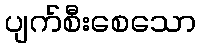
ပျက်စီးစေသော